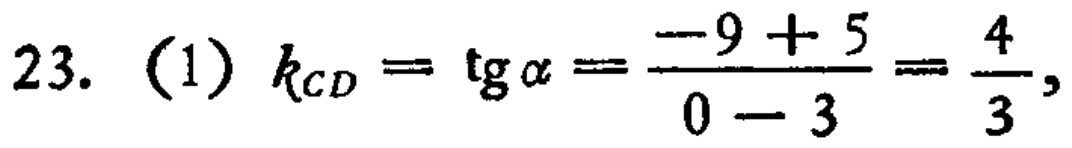
23. (1) \(k_{CD}=\text{tg}\alpha=\frac{-9 + 5}{0 - 3}=\frac{4}{3}\)